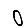
Digit: 0